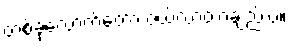
တစ်ခုလောက်တော့ ဝယ်လာတာချည်းပဲ။